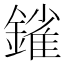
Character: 𨫠